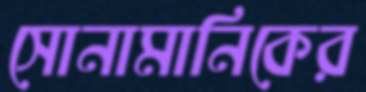
সোনামানিকের